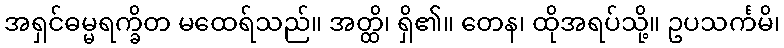
အရှင်ဓမ္မရက္ခိတ မထေရ်သည်။ အတ္ထိ၊ ရှိ၏။ တေန၊ ထိုအရပ်သို့။ ဥပသင်္ကမိ၊